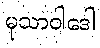
မုသာဝါဒေါ